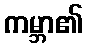
ကမ္ဘာ၏